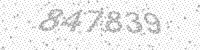
Solution: 847839